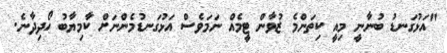
"އަޅުގަނޑު ބުނާނީ މިއީ ކިތަންމެ ޒުވާން ޓީމެއް ނަމަވެސް އަޅުގަނޑުމެންނަށް ކާމިޔާބު ހޯދިދާނެ.